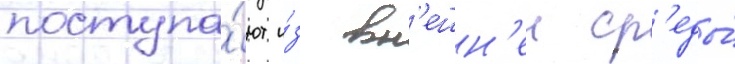
поступа́ют и́з вн'ешн'еи ср'еды́